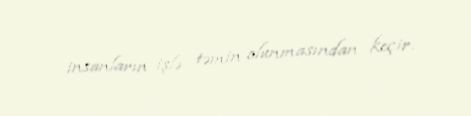
insanların işlə təmin olunmasından keçir.